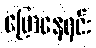
ပြောနေရင်း